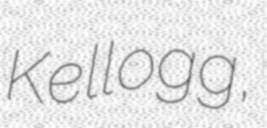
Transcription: Kellogg,